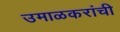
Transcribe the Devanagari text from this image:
उमाळकरांची